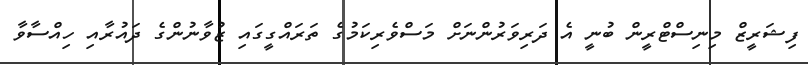
ފިޝަރީޒް މިނިސްޓްރީން ބުނީ އެ ދަރިވަރުންނަށް މަސްވެރިކަމުގެ ތަރައްގީގައި ޒުވާނުންގެ ދައުރާއި ހިއްސާވާ